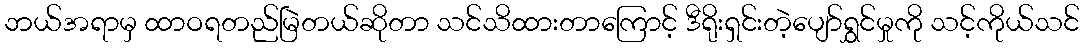
ဘယ်အရာမှ ထာဝရတည်မြဲတယ်ဆိုတာ သင်သိထားတာကြောင့် ဒီရိုးရှင်းတဲ့ပျော်ရွှင်မှုကို သင့်ကိုယ်သင်